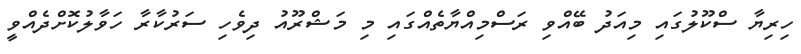
ހިރިޔާ ސްކޫލުގައި މިއަދު ބޭއްވި ރަސްމިއްޔާތެއްގައި މި މަޝްރޫއު ދިވެހި ސަރުކާރާ ހަވާލުކޮށްދެއްވީ